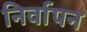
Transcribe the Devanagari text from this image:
निर्वापन